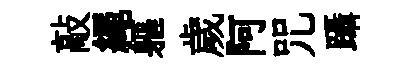
敲繩軀歲阿咒躡